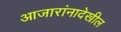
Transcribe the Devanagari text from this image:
आजारांनादेखील